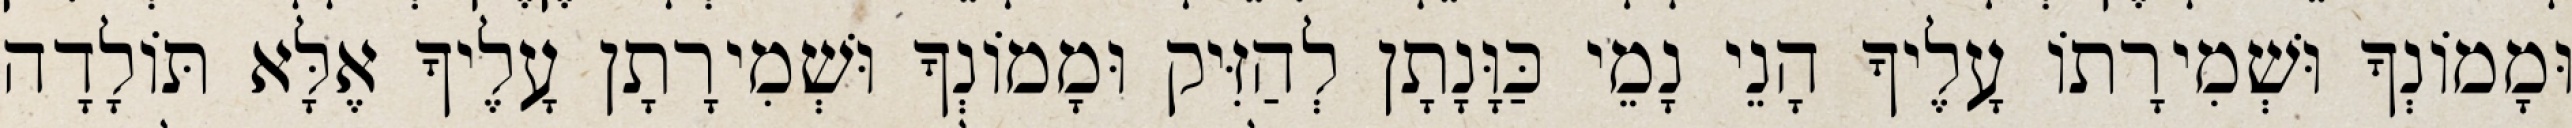
וּמָמוֹנְךָ וּשְׁמִירָתוֹ עָלֶיךָ הָנֵי נָמֵי כַּוָּנָתָן לְהַזִּיק וּמָמוֹנְךָ וּשְׁמִירָתָן עָלֶיךָ אֶלָּא תּוֹלָדָה